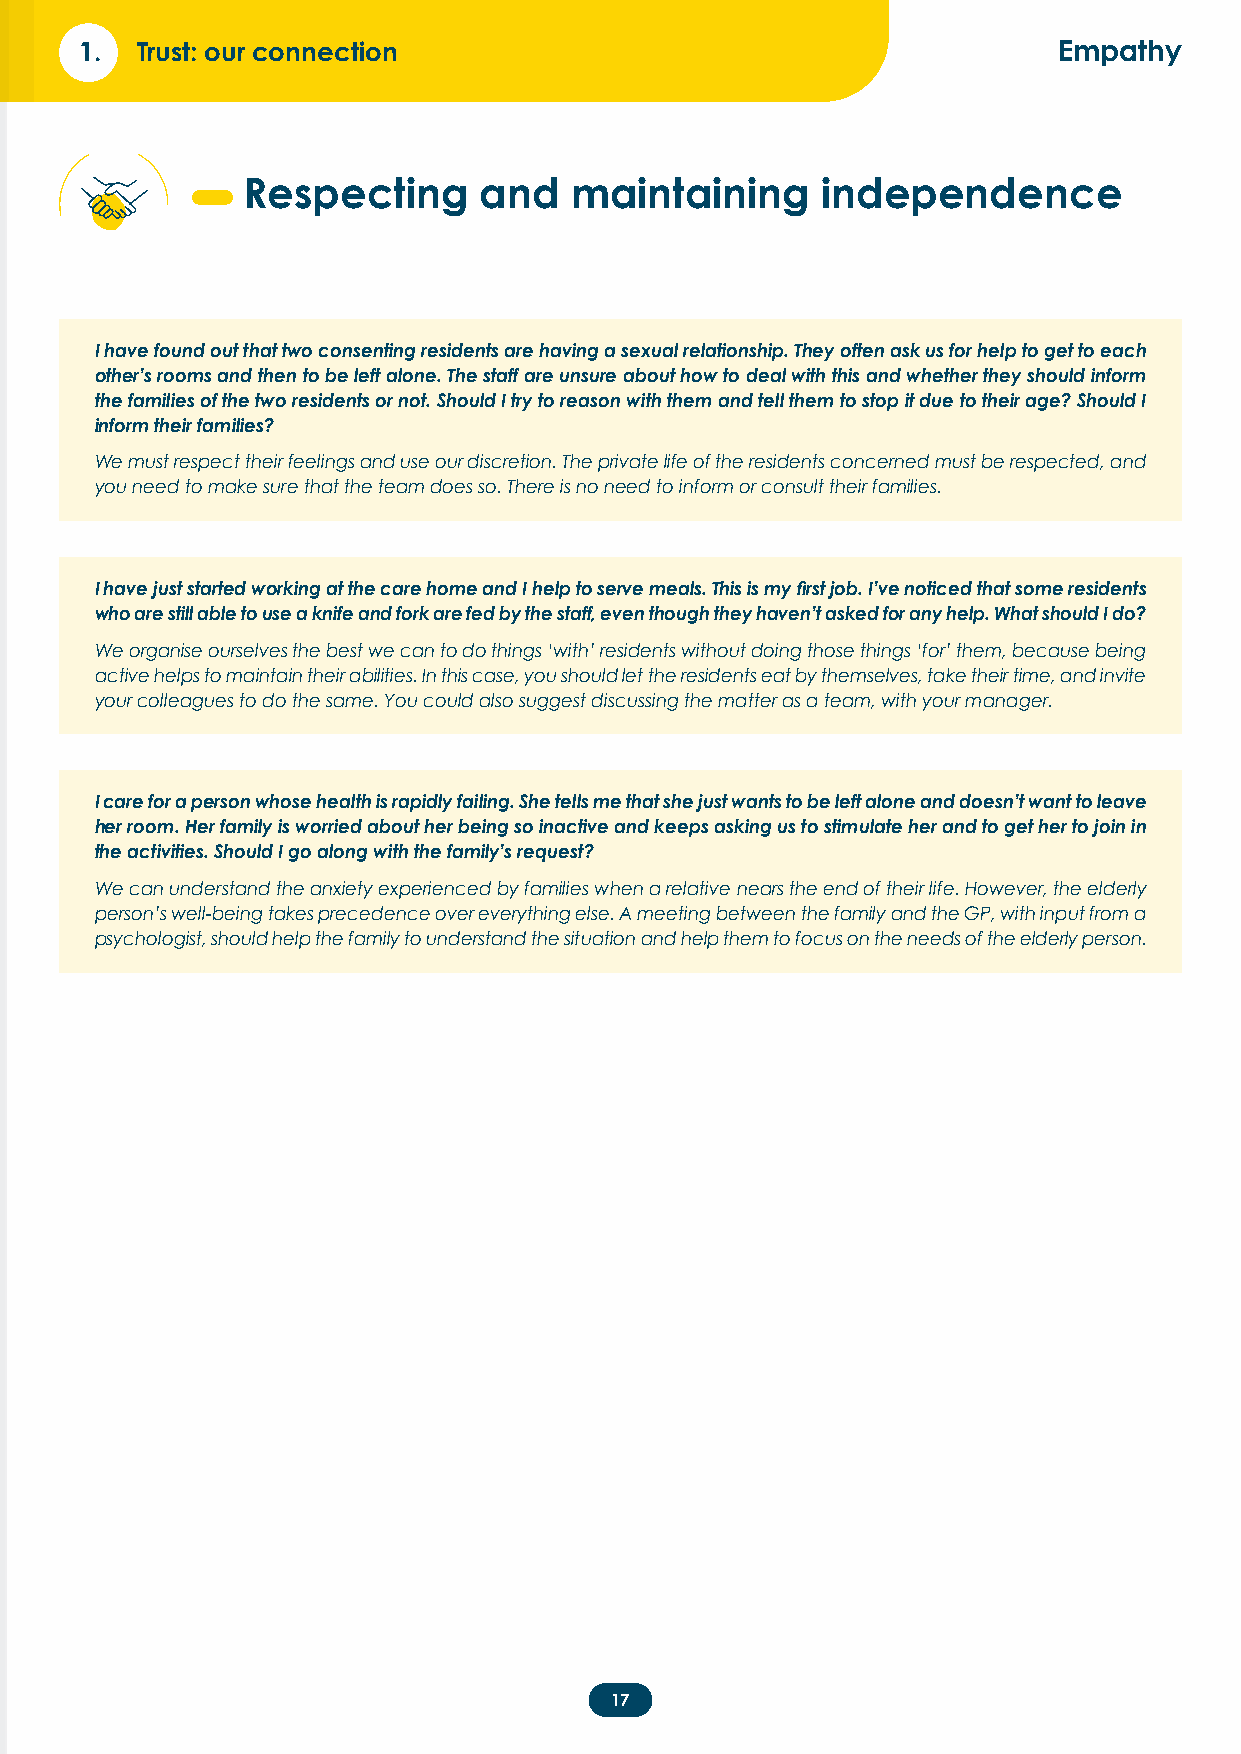
1.  Trust: our connection                                        Empathy
 Respecting      and   maintaining     independence
 I have found out that two consenting residents are having a sexual relationship. They often ask us for help to get to each
 other’s rooms and then to be left alone. The staff are unsure about how to deal with this and whether they should inform
 the families of the two residents or not. Should I try to reason with them and tell them to stop it due to their age? Should I
 inform their families?
 We must respect their feelings and use our discretion. The private life of the residents concerned must be respected, and
 you need to make sure that the team does so. There is no need to inform or consult their families.
 I have just started working at the care home and I help to serve meals. This is my first job. I’ve noticed that some residents
 who are still able to use a knife and fork are fed by the staff, even though they haven’t asked for any help. What should I do?
 We organise ourselves the best we can to do things ‘with’ residents without doing those things ‘for’ them, because being
 active helps to maintain their abilities. In this case, you should let the residents eat by themselves, take their time, and invite
 your colleagues to do the same. You could also suggest discussing the matter as a team, with your manager.
 I care for a person whose health is rapidly failing. She tells me that she just wants to be left alone and doesn’t want to leave
 her room. Her family is worried about her being so inactive and keeps asking us to stimulate her and to get her to join in
 the activities. Should I go along with the family’s request?
 We can understand the anxiety experienced by families when a relative nears the end of their life. However, the elderly
 person’s well-being takes precedence over everything else. A meeting between the family and the GP, with input from a
 psychologist, should help the family to understand the situation and help them to focus on the needs of the elderly person.
 17